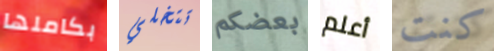
بكاملها تتخلي بعضكم أعلم كنت